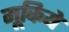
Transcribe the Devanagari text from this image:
मूकिये